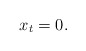
\begin{align*}x_t=0.\end{align*}